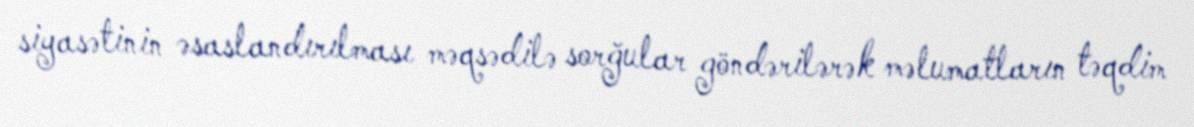
siyasətinin əsaslandırılması məqsədilə sorğular göndərilərək məlumatların təqdim